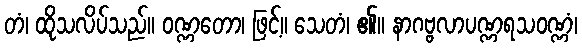
တံ၊ ထိုသလိပ်သည်။ ဝဏ္ဏတော၊ ဖြင့်။ သေတံ၊ ၏။ နာဂဗ္ဗလာပဏ္ဏရသဝဏ္ဏံ၊